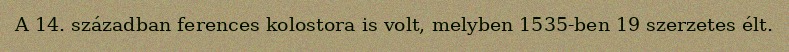
A 14. században ferences kolostora is volt, melyben 1535-ben 19 szerzetes élt.